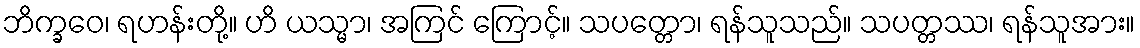
ဘိက္ခဝေ၊ ရဟန်းတို့။ ဟိ ယသ္မာ၊ အကြင် ကြောင့်။ သပတ္တော၊ ရန်သူသည်။ သပတ္တဿ၊ ရန်သူအား။